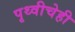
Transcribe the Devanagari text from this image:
पृथ्वीचेही